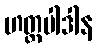
ဟတ္ထပါဒါန